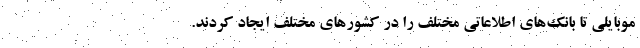
موبایلی تا بانک‌های اطلاعاتی مختلف را در کشورهای مختلف ایجاد کردند.